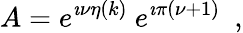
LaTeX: A=e^{\imath\nu\eta(k)}~e^{\imath\pi(\nu+1)}~~,